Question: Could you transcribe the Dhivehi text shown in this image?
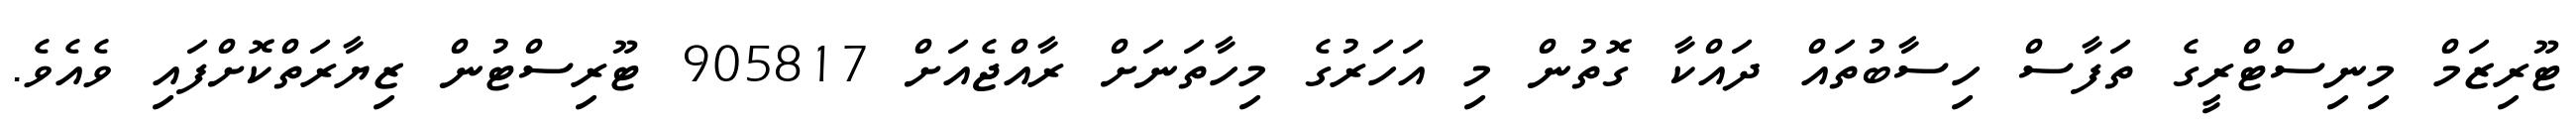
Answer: ޓޫރިޒަމް މިނިސްޓްރީގެ ތަފާސް ހިސާބުތައް ދައްކާ ގޮތުން މި އަހަރުގެ މިހާތަނަށް ރާއްޖެއަށް 905817 ޓޫރިސްޓުން ޒިޔާރަތްކޮށްފައި ވެއެވެ.